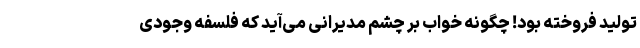
تولید فروخته بود! چگونه خواب بر چشم مدیرانی می‌آید که فلسفه وجودی